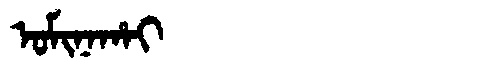
Manchu: ᠣᠮᡳᠨᠠᡥᠠᡳ
Romanization: OMINAHAI